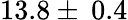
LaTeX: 13.8\pm\: 0.4